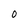
Character: O